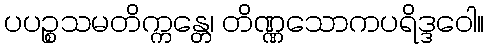
ပပဉ္စသမတိက္ကန္တေ၊ တိဏ္ဏသောကပရိဒ္ဒဝေါ။